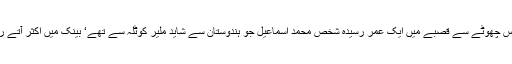
مگر اتفاقاََاس چھوٹے سے قصبے میں ایک عمر رسیدہ شخص محمد اسماعیل جو ہندوستان سے شاید ملیر کوٹلہ سے تھے‘ بینک میں اکثر آتے رہتے تھے۔